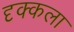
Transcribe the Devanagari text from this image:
दृक्कला